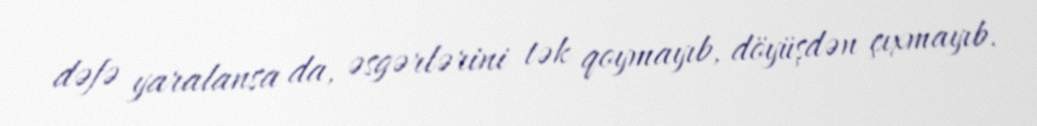
dəfə yaralansa da, əsgərlərini tək qoymayıb, döyüşdən çıxmayıb.